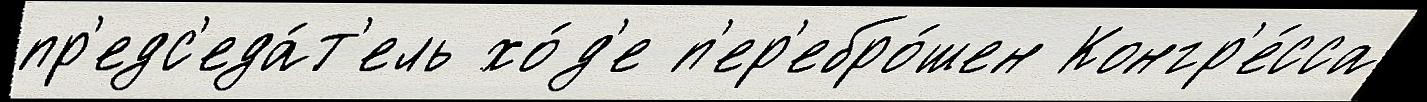
пр'едс'еда́т'ель хо́д'е п'ер'ебро́шен Конгр'е́сса